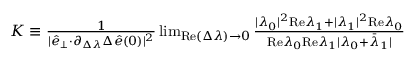
\begin{array} { r } { K \equiv \frac { 1 } { \vert \hat { e } _ { \perp } { \cdot } \partial _ { \Delta \lambda } \Delta \hat { e } ( 0 ) \vert ^ { 2 } } \operatorname* { l i m } _ { \mathrm { R e } ( \Delta \lambda ) \rightarrow 0 } \frac { \vert \lambda _ { 0 } \vert ^ { 2 } \mathrm { R e } \lambda _ { 1 } + \vert \lambda _ { 1 } \vert ^ { 2 } \mathrm { R e } \lambda _ { 0 } } { \mathrm { R e } \lambda _ { 0 } \mathrm { R e } \lambda _ { 1 } \vert \lambda _ { 0 } + \bar { \lambda } _ { 1 } \vert } } \end{array}